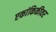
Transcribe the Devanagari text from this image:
एकांकिकीवर